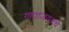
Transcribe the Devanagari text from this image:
गावाजवळचे